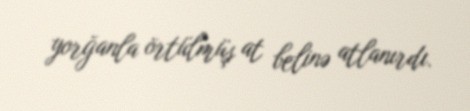
yorğanla örtülmüş at belinə atlanırdı.